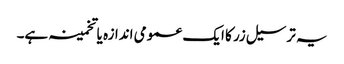
یہ ترسیل زر کا ایک عمومی اندازہ یا تخمینہ ہے۔